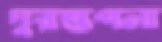
দুরন্তপনা